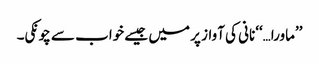
’’ماورا…‘‘نانی کی آواز پر میں جیسے خواب سے چونکی۔